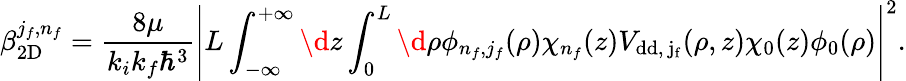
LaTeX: \beta_{\mathrm{2D}}^{j_{f},n_{f}}=\frac{8\mu}{k_{i}k_{f}\hbar^{3}}\left\vert L\int_{-\infty}^{+\infty}\d z\int_{0}^{L}\d\rho\phi_{n_{f},j_{f}}(\rho)\chi_{n_{f}}(z)V_{\mathrm{{dd},\, j_{f}}}(\rho,z)\chi_{0}(z)\phi_{0}(\rho)\right\vert^{2}.